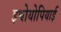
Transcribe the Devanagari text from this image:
इथोयोपियाई